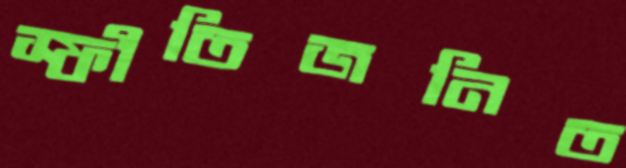
স্ফীতিজনিত